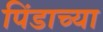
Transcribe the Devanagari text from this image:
पिंडाच्या